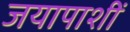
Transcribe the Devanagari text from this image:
जयापाशीं